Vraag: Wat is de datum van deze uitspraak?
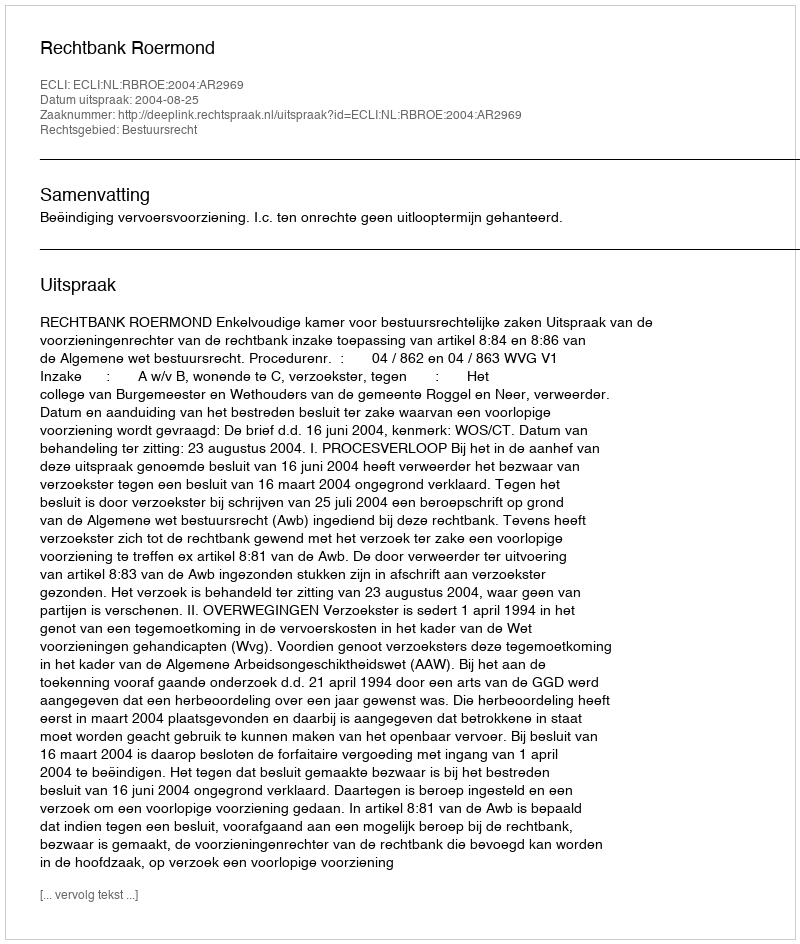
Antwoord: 2004-08-25